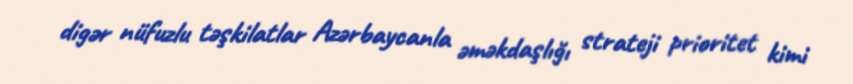
digər nüfuzlu təşkilatlar Azərbaycanla əməkdaşlığı strateji prioritet kimi